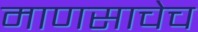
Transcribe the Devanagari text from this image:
माणसाचेच